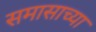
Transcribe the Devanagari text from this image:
समासाच्या